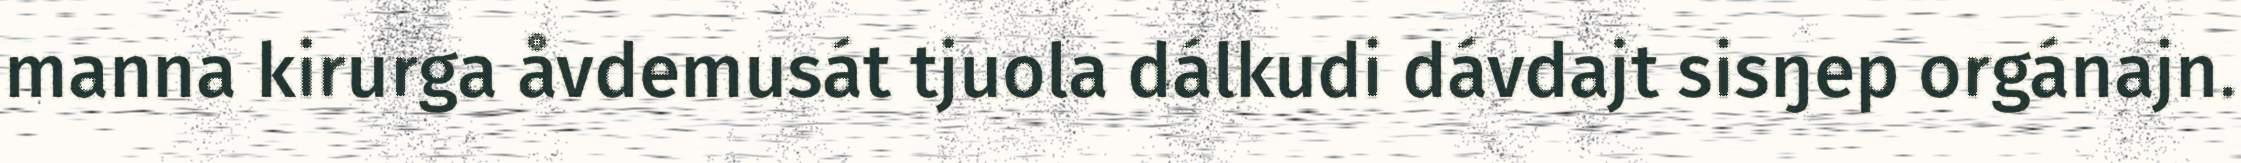
manna kirurga åvdemusát tjuola dálkudi dávdajt sisŋep orgánajn.